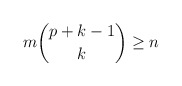
\begin{align*} m\binom{p+k-1}{k}\ge n\end{align*}